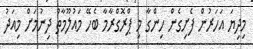
މިދިޔަ އަހަރުން ފެށިގެން ހިންގާ މި ޕްރޮގްރާމާ ބެހޭ މައުލޫމާތު ދިނުމަށް މިއަދު